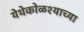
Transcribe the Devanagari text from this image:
येथेकोळश्याच्या